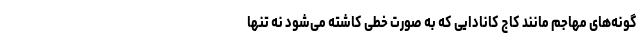
گونه‌های مهاجم مانند کاج کانادایی که به صورت خطی کاشته می‌شود نه تنها